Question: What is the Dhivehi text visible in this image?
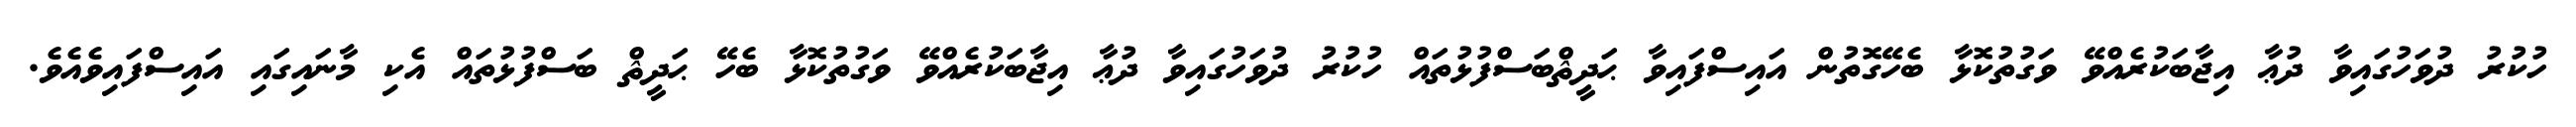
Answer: ހުކުރު ދުވަހުގައިވާ ދުޢާ އިޖާބަކުރެއްވޭ ވަގުތުކޮޅާ ބެހޭގޮތުން އައިސްފައިވާ ޙަދީޘްބަސްފުޅުތައް ހުކުރު ދުވަހުގައިވާ ދުޢާ އިޖާބަކުރެއްވޭ ވަގުތުކޮޅާ ބެހޭ ޙަދީޘް ބަސްފުޅުތައް އެކި މާނައިގައި އައިސްފައިވެއެވެ.